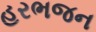
હરભજન